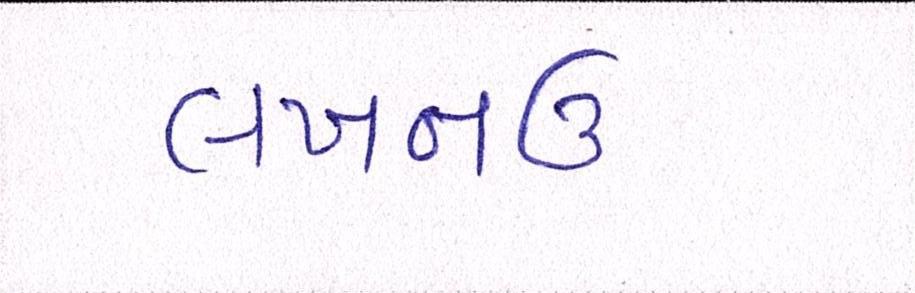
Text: લખનઉ